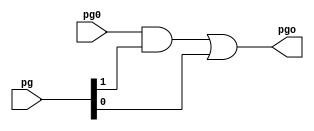
/*
 * 16-bit Ladner-Fischer Adder
 *
 * Steve Barrus
 */

 module gray (pg, pg0, pgo);
     input [1:0] pg;
     input pg0;
     output pgo;

     assign pgo = (pg0 & pg[1]) | pg[0];

 endmodule

 module black (pg, pg0, pgo);
     input [1:0] pg, pg0;
     output [1:0] pgo;

     assign pgo[1] = pg[1] & pg0[1];
     assign pgo[0] = (pg0[0] & pg[1]) | pg[0];

 endmodule

 module xor16 (A, B, S);
     input [15:0] A, B;
     output [15:0] S;

     assign S = A ^ B;

 endmodule

 module xor32 (A, B, S);
     input [31:0] A, B;
     output [31:0] S;

     assign S = A ^ B;

 endmodule

 module pg16 (A, B, pg15, pg14, pg13, pg12, pg11, pg10, pg9, pg8, pg7, pg6, pg5, pg4, pg3, pg2, pg1, pg0);
     input [15:0] A, B;
     output [1:0] pg15, pg14, pg13, pg12, pg11, pg10, pg9, pg8, pg7, pg6, pg5, pg4, pg3, pg2, pg1, pg0;

     assign pg15 = {(A[15] ^ B[15]), (A[15] & B[15])};
     assign pg14 = {(A[14] ^ B[14]), (A[14] & B[14])};
     assign pg13 = {(A[13] ^ B[13]), (A[13] & B[13])};
     assign pg12 = {(A[12] ^ B[12]), (A[12] & B[12])};
     assign pg11 = {(A[11] ^ B[11]), (A[11] & B[11])};
     assign pg10 = {(A[10] ^ B[10]), (A[10] & B[10])};
     assign pg9 = {(A[9] ^ B[9]), (A[9] & B[9])};
     assign pg8 = {(A[8] ^ B[8]), (A[8] & B[8])};
     assign pg7 = {(A[7] ^ B[7]), (A[7] & B[7])};
     assign pg6 = {(A[6] ^ B[6]), (A[6] & B[6])};
     assign pg5 = {(A[5] ^ B[5]), (A[5] & B[5])};
     assign pg4 = {(A[4] ^ B[4]), (A[4] & B[4])};
     assign pg3 = {(A[3] ^ B[3]), (A[3] & B[3])};
     assign pg2 = {(A[2] ^ B[2]), (A[2] & B[2])};
     assign pg1 = {(A[1] ^ B[1]), (A[1] & B[1])};
     assign pg0 = {(A[0] ^ B[0]), (A[0] & B[0])};

 endmodule

 module pg32 (A, B, pg31, pg30, pg29, pg28, pg27, pg26, pg25, pg24, pg23, pg22, pg21, pg20, pg19, pg18, pg17, pg16, pg15, pg14, pg13, pg12, pg11, pg10, pg9, pg8, pg7, pg6, pg5, pg4, pg3, pg2, pg1, pg0);
     input [31:0] A, B;
     output [1:0] pg31, pg30, pg29, pg28, pg27, pg26, pg25, pg24, pg23, pg22, pg21, pg20, pg19, pg18, pg17, pg16, pg15, pg14, pg13, pg12, pg11, pg10, pg9, pg8, pg7, pg6, pg5, pg4, pg3, pg2, pg1, pg0;

     assign pg31 = {(A[31] ^ B[31]), (A[31] & B[31])};
     assign pg30 = {(A[30] ^ B[30]), (A[30] & B[30])};
     assign pg29 = {(A[29] ^ B[29]), (A[29] & B[29])};
     assign pg28 = {(A[28] ^ B[28]), (A[28] & B[28])};
     assign pg27 = {(A[27] ^ B[27]), (A[27] & B[27])};
     assign pg26 = {(A[26] ^ B[26]), (A[26] & B[26])};
     assign pg25 = {(A[25] ^ B[25]), (A[25] & B[25])};
     assign pg24 = {(A[24] ^ B[24]), (A[24] & B[24])};
     assign pg23 = {(A[23] ^ B[23]), (A[23] & B[23])};
     assign pg22 = {(A[22] ^ B[22]), (A[22] & B[22])};
     assign pg21 = {(A[21] ^ B[21]), (A[21] & B[21])};
     assign pg20 = {(A[20] ^ B[20]), (A[20] & B[20])};
     assign pg19 = {(A[19] ^ B[19]), (A[19] & B[19])};
     assign pg18 = {(A[18] ^ B[18]), (A[18] & B[18])};
     assign pg17 = {(A[17] ^ B[17]), (A[17] & B[17])};
     assign pg16 = {(A[16] ^ B[16]), (A[16] & B[16])};
     assign pg15 = {(A[15] ^ B[15]), (A[15] & B[15])};
     assign pg14 = {(A[14] ^ B[14]), (A[14] & B[14])};
     assign pg13 = {(A[13] ^ B[13]), (A[13] & B[13])};
     assign pg12 = {(A[12] ^ B[12]), (A[12] & B[12])};
     assign pg11 = {(A[11] ^ B[11]), (A[11] & B[11])};
     assign pg10 = {(A[10] ^ B[10]), (A[10] & B[10])};
     assign pg9 = {(A[9] ^ B[9]), (A[9] & B[9])};
     assign pg8 = {(A[8] ^ B[8]), (A[8] & B[8])};
     assign pg7 = {(A[7] ^ B[7]), (A[7] & B[7])};
     assign pg6 = {(A[6] ^ B[6]), (A[6] & B[6])};
     assign pg5 = {(A[5] ^ B[5]), (A[5] & B[5])};
     assign pg4 = {(A[4] ^ B[4]), (A[4] & B[4])};
     assign pg3 = {(A[3] ^ B[3]), (A[3] & B[3])};
     assign pg2 = {(A[2] ^ B[2]), (A[2] & B[2])};
     assign pg1 = {(A[1] ^ B[1]), (A[1] & B[1])};
     assign pg0 = {(A[0] ^ B[0]), (A[0] & B[0])};

 endmodule

 module inv(A, Y);
     input A;
     output Y;
     assign Y = ~A;
 endmodule

 module and2(A, B, Y);
     input A, B;
     output Y;
     assign Y = (A & B);
 endmodule

 module nand2(A, B, Y);
     input A, B;
     output Y;
     assign Y = ~(A & B);
 endmodule

 module or2(A, B, Y);
     input A, B;
     output Y;
     assign Y = (A | B);
 endmodule

 module nor2(A, B, Y);
     input A, B;
     output Y;
     assign Y = ~(A | B);
 endmodule

 module tiehi(Y);
     output Y;
     assign Y = 1'b1;
 endmodule

 module tielo(Y);
     output Y;
     assign Y = 1'b0;
 endmodule

 module xor2(A, B, Y);
     input A, B;
     output Y;
     assign Y = A ^ B;
 endmodule

module LadnerFischer16 (A, B, Cin, S, Cout);
    input [15:0] A, B;
    input Cin;
    output [15:0] S;
    output Cout;

    /* First generate the propigate and generate signals for each bit */
    wire [1:0] r1c16, r1c15, r1c14, r1c13, r1c12, r1c11, r1c10, r1c9;
    wire [1:0] r1c8, r1c7, r1c6, r1c5, r1c4, r1c3, r1c2, r1c1;

    pg16 ipg16(.A(A), .B(B), .pg15(r1c16),.pg14(r1c15),.pg13(r1c14),
        .pg12(r1c13),.pg11(r1c12),.pg10(r1c11),.pg9(r1c10),.pg8(r1c9),
        .pg7(r1c8),.pg6(r1c7),.pg5(r1c6),.pg4(r1c5),.pg3(r1c4),.pg2(r1c3),
        .pg1(r1c2),.pg0(r1c1));

    /* First row */
    wire [1:0] r2c15, r2c13, r2c11, r2c9, r2c7, r2c5, r2c3;
    wire r2c1;

    black ir1c15(.pg(r1c15), .pg0(r1c14), .pgo(r2c15));
    black ir1c13(.pg(r1c13), .pg0(r1c12), .pgo(r2c13));
    black ir1c11(.pg(r1c11), .pg0(r1c10), .pgo(r2c11));
    black ir1c9(.pg(r1c9), .pg0(r1c8), .pgo(r2c9));
    black ir1c7(.pg(r1c7), .pg0(r1c6), .pgo(r2c7));
    black ir1c5(.pg(r1c5), .pg0(r1c4), .pgo(r2c5));
    black ir1c3(.pg(r1c3), .pg0(r1c2), .pgo(r2c3));
    gray ir1c1(.pg(r1c1), .pg0(Cin), .pgo(r2c1));

    /* Second row */
    wire [1:0] r3c15, r3c11, r3c7;
    wire r3c3;

    black ir2c15(.pg(r2c15), .pg0(r2c13), .pgo(r3c15));
    black ir2c11(.pg(r2c11), .pg0(r2c9), .pgo(r3c11));
    black ir2c7(.pg(r2c7), .pg0(r2c5), .pgo(r3c7));
    gray ir2c3(.pg(r2c3), .pg0(r2c1), .pgo(r3c3));

    /* Third row */
    wire [1:0] r4c15, r4c13;
    wire r4c7, r4c5;

    black ir3c15(.pg(r3c15), .pg0(r3c11), .pgo(r4c15));
    black ir3c13(.pg(r2c13), .pg0(r3c11), .pgo(r4c13));
    gray ir3c7(.pg(r3c7), .pg0(r3c3), .pgo(r4c7));
    gray ir3c5(.pg(r2c5), .pg0(r3c3), .pgo(r4c5));

    /* Fourth row */
    wire r5c15, r5c13, r5c11, r5c9;

    gray ir4c15(.pg(r4c15), .pg0(r4c7), .pgo(r5c15));
    gray ir4c13(.pg(r4c13), .pg0(r4c7), .pgo(r5c13));
    gray ir4c11(.pg(r3c11), .pg0(r4c7), .pgo(r5c11));
    gray ir4c9(.pg(r2c9), .pg0(r4c7), .pgo(r5c9));

    /* Fifth row */
    wire r6c14, r6c12, r6c10, r6c8, r6c6, r6c4, r6c2;

    gray ir6c14(.pg(r1c14), .pg0(r5c13), .pgo(r6c14));
    gray ir6c12(.pg(r1c12), .pg0(r5c11), .pgo(r6c12));
    gray ir6c10(.pg(r1c10), .pg0(r5c9), .pgo(r6c10));
    gray ir6c8(.pg(r1c8), .pg0(r4c7), .pgo(r6c8));
    gray ir6c6(.pg(r1c6), .pg0(r4c5), .pgo(r6c6));
    gray ir6c4(.pg(r1c4), .pg0(r3c3), .pgo(r6c4));
    gray ir6c2(.pg(r1c2), .pg0(r2c1), .pgo(r6c2));

    /* Finaly produce the sum */
    xor16 ixor16(.A({r5c15,r6c14,r5c13,r6c12,r5c11,r6c10,r5c9,
        r6c8,r4c7,r6c6,r4c5,r6c4,r3c3,r6c2,r2c1,Cin}), .B({r1c16[1],
        r1c15[1],r1c14[1],r1c13[1],r1c12[1],r1c11[1],r1c10[1],r1c9[1],
        r1c8[1],r1c7[1],r1c6[1],r1c5[1],r1c4[1],r1c3[1],r1c2[1],
        r1c1[1]}), .S(S));

    /* Generate Cout */
    gray gcout(.pg(r1c16), .pg0(r5c15), .pgo(Cout));

endmodule

module LFA_15_0 (S, X, Y);
  output [16:0] S;
  input [15:0] X;
  input [15:0] Y;
  wire Cout;
  LadnerFischer16 U0 (X, Y, 1'b0, S[15:0], Cout);
  assign S[16] = Cout;
endmodule